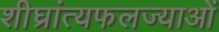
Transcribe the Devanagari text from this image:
शीघ्रांत्यफलज्याओं